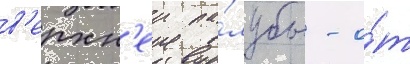
в'ерхн'еи па́лубы - о́т